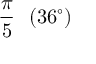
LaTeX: { \frac { \pi } { 5 } } \ \ ( 3 6 ^ { \circ } )